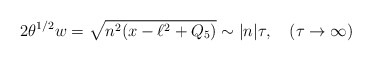
\begin{align*}2\theta^{1/2}w=\sqrt{n^2(x-\ell^2+Q_5)}\sim |n|\tau, \quad (\tau\rightarrow\infty)\end{align*}